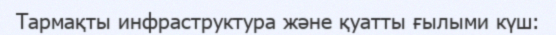
Тармақты инфраструктура және қуатты ғылыми күш: